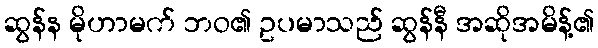
ဆွန်န မိုဟာမက် ဘဝ၏ ဥပမာသည် ဆွန်နီ အဆိုအမိန့်၏